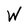
Character: W